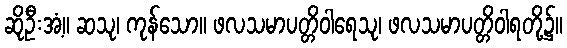
ဆိုဦးအံ့။ ဆသု၊ ကုန်သော။ ဖလသမာပတ္တိဝါရေသု၊ ဖလသမာပတ္တိဝါရတို့၌။